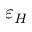
\varepsilon _ { H }